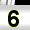
Digit: 6